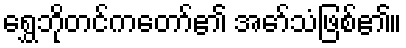
ရွှေဘိုတင်ကတော်၏ အော်သံဖြစ်၏။